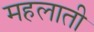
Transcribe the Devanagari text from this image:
महलाती